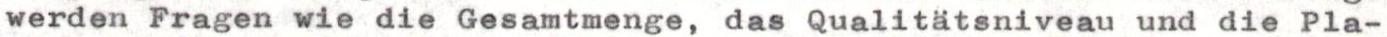
werden Fragen wie die Gesamtmenge, das Qualitätsniveau und die Pla-